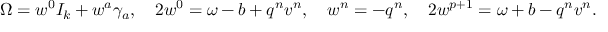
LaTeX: { \Omega } = w ^ { 0 } I _ { k } + w ^ { a } \gamma _ { a } , \quad 2 w ^ { 0 } = \omega - b + q ^ { n } v ^ { n } , \quad w ^ { n } = - q ^ { n } , \quad 2 w ^ { p + 1 } = \omega + b - q ^ { n } v ^ { n } .